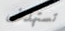
تستهدف